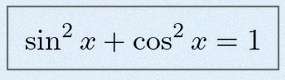
\sin^2x+\cos^2x=1